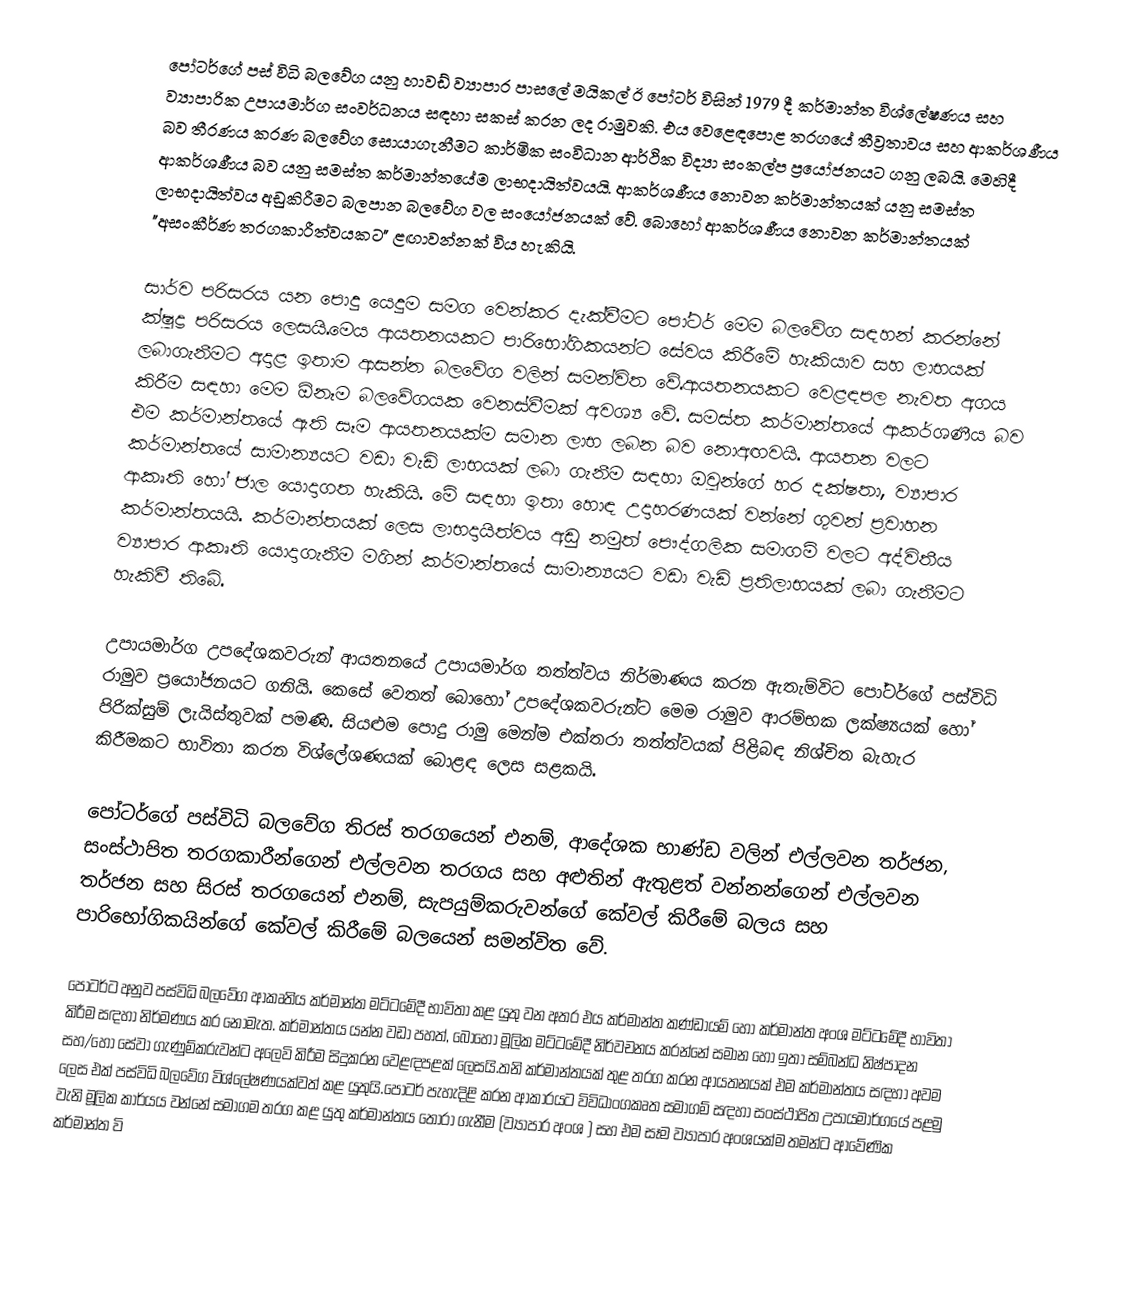
පෝටර්ගේ පස් විධි බලවේග යනු  හාවඩ් ව්‍යාපාර පාසලේ මයිකල් ඊ පෝටර් විසින් 1979 දී කර්මාන්ත විශ්ලේෂණය සහ ව්‍යාපාරික උපායමාර්ග සංවර්ධනය සඳහා සකස් කරන ලද රාමුවකි. එය වෙළෙඳපොළ තරගයේ තීව්‍රතාවය සහ ආකර්ශණීය බව තීරණය කරණ බලවේග සොයාගැනීමට කාර්මික සංවිධාන ආර්ථික විද්‍යා සංකල්ප ප්‍රයෝජනයට ගනු ලබයි. මෙහිදී ආකර්ශණීය බව යනු සමස්ත කර්මාන්තයේම ලාභදායිත්වයයි. ආකර්ශණීය නොවන කර්මාන්තයක් යනු සමස්ත ලාභදායිත්වය අඩුකිරීමට බලපාන බලවේග වල සංයෝජනයක් වේ. බොහෝ ආකර්ශණීය නොවන කර්මාන්තයක් "අසංකීර්ණ තරගකාරීත්වයකට" ළඟාවන්නක් විය හැකියි.

සාර්ව පරිසරය යන පොදු යෙදුම සමග වෙන්කර දැක්වීමට පෝටර් මෙම බලවේග සඳහන් කරන්නේ ක්ෂුද්‍ර පරිසරය ලෙසයි.මෙය ආයතනයකට පාරිභෝගිකයන්ට සේවය කිරීමේ හැකියාව සහ ලාභයක් ලබාගැනීමට අදාළ ඉතාම ආසන්න බලවේග වලින් සමන්විත වේ.ආයතනයකට වෙළඳපල නැවත අගය කිරීම සඳහා මෙම ඕනෑම බලවේගයක වෙනස්වීමක් අවශ්‍ය වේ. සමස්ත කර්මාන්තයේ ආකර්ශණීය බව එම කර්මාන්තයේ ඇති සෑම ආයතනයක්ම සමාන ලාභ ලබන බව නොඅඟවයි. ආයතන වලට කර්මාන්තයේ සාමාන්‍යයට වඩා වැඩි ලාභයක් ලබා ගැනීම සඳහා ඔවුන්ගේ හර දක්ෂතා, ව්‍යාපාර ආකෘති හෝ ජාල යොදාගත හැකියි. මේ සඳහා ඉතා හොඳ උදාහරණයක් වන්නේ ගුවන් ප්‍රවාහන කර්මාන්තයයි. කර්මාන්තයක් ලෙස ලාභදායිත්වය අඩු නමුත් පෞද්ගලික සමාගම් වලට අද්විතීය ව්‍යාපාර ආකෘති යොදාගැනීම මගින් කර්මාන්තයේ සාමාන්‍යයට වඩා වැඩි ප්‍රතිලාභයක් ලබා ගැනීමට හැකිවී තිබේ.

උපායමාර්ග උපදේශකවරුන් ආයතනයේ උපායමාර්ග තත්ත්වය නිර්මාණය කරන ඇතැම්විට පෝටර්ගේ පස්විධි රාමුව ප්‍රයෝජනයට ගනියි. කෙසේ වෙතත් බොහෝ උපදේශකවරුන්ට මෙම රාමුව ආරම්භක ලක්ෂ්‍යයක් හෝ පිරික්සුම් ලැයිස්තුවක් පමණි. සියළුම පොදු රාමු මෙන්ම එක්තරා තත්ත්වයක් පිළිබඳ නිශ්චිත බැහැර කිරීමකට භාවිතා කරන විශ්ලේශණයක් බොළඳ ලෙස සළකයි.

පෝටර්ගේ පස්විධි බලවේග තිරස් තරගයෙන් එනම්, ආදේශක භාණ්ඩ වලින් එල්ලවන තර්ජන, සංස්ථාපිත තරගකාරීන්ගෙන් එල්ලවන තරගය සහ අළුතින් ඇතුළත් වන්නන්ගෙන් එල්ලවන තර්ජන සහ සිරස් තරගයෙන් එනම්, සැපයුම්කරුවන්ගේ කේවල් කිරීමේ බලය සහ පාරිභෝගිකයින්ගේ කේවල් කිරීමේ බලයෙන් සමන්විත වේ.

පෝටර්ට අනුව පස්විධි බලවේග ආකෘතිය කර්මාන්ත මට්ටමේදී භාවිතා කළ යුතු වන අතර එය කර්මාන්ත කණ්ඩායම් හෝ කර්මාන්ත අංශ මට්ටමේදී භාවිතා කිරීම සඳහා නිර්මණය කර නොමැත. කර්මාන්තය යන්න වඩා පහත්, බොහෝ මූලික මට්ටමේදී නිර්වචනය කරන්නේ සමාන හෝ ඉතා සම්බන්ධ නිෂ්පාදන සහ/හෝ සේවා ගැණුම්කරුවන්ට අලෙවි කිරීම සිදුකරන වෙළඳපළක් ලෙසයි.තනි කර්මාන්තයක් තුළ තරග කරන ආයතනයක් එම කර්මාන්තය සඳහා අවම ලෙස එක් පස්විධි බලවේග විශ්ලේෂණයක්වත් කළ යුතුයි.පෝටර් පැහැදිළි කරන ආකාරයට විවිධාංගකෘත සමාගම් සඳහා සංස්ථාපිත උපායමාර්ගයේ පළමු වැනි මූලික කාර්යය වන්නේ සමාගම තරග කළ යුතු කර්මාන්තය තෝරා ගැනීම (ව්‍යාපාර අංශ ) සහ එම සෑම ව්‍යාපාර අංශයක්ම තමන්ට ආවේණික කර්මාන්ත වි